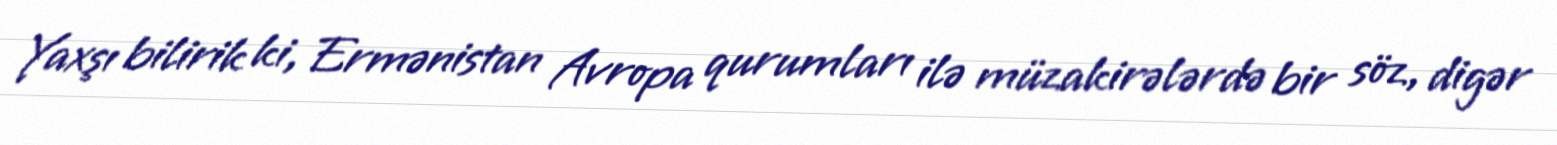
Yaxşı bilirik ki, Ermənistan Avropa qurumları ilə müzakirələrdə bir söz, digər